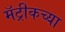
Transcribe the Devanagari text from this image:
मॅट्रीकच्या